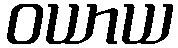
ဝယာယ